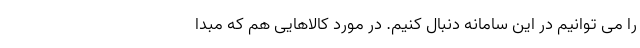
را می توانیم در این سامانه دنبال کنیم. در مورد کالاهایی هم که مبدا